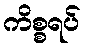
ကိစ္စရပ်